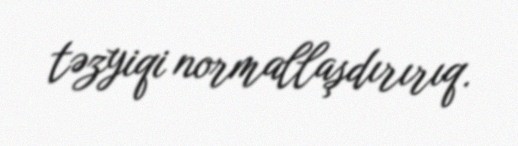
təzyiqi normallaşdırırıq.